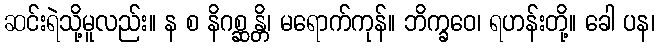
ဆင်းရဲသို့မူလည်း။ န စ နိဂစ္ဆန္တိ၊ မရောက်ကုန်။ ဘိက္ခဝေ၊ ရဟန်းတို့။ ခေါ ပန၊